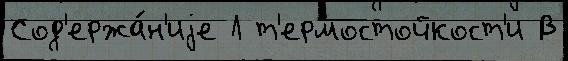
Сод'ержа́н'иjе Л т'ермостойкост'и В